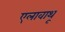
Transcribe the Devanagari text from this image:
एलावाथू